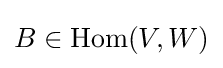
B\in {\text{Hom}}(V,W)